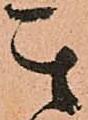
其